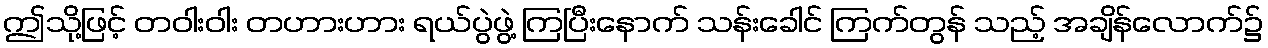
ဤသို့ဖြင့် တဝါးဝါး တဟားဟား ရယ်ပွဲဖွဲ့ ကြပြီးနောက် သန်းခေါင် ကြက်တွန် သည့် အချိန်လောက်၌